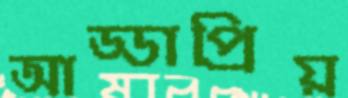
আড্ডাপ্রিয়